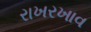
રાખરખાવ